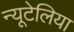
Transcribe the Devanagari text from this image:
न्यूटेलिया